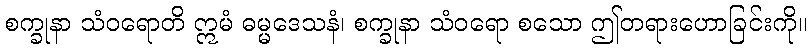
စက္ခုနာ သံဝရောတိ ဣမံ ဓမ္မဒေသနံ၊ စက္ခုနာ သံဝရော စသော ဤတရားဟောခြင်းကို။